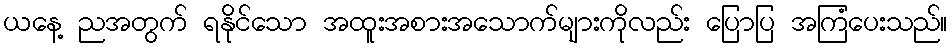
ယနေ့ ညအတွက် ရနိုင်သော အထူးအစားအသောက်များကိုလည်း ပြောပြ အကြံပေးသည်။